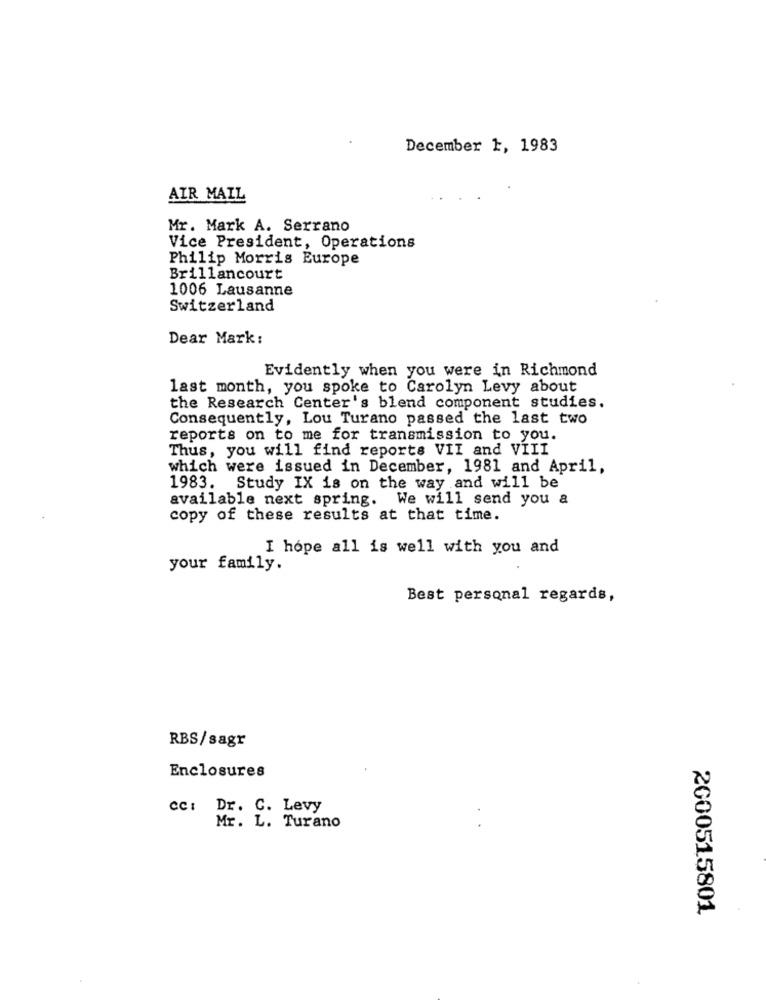
December 1, 1983
AIR MAIL
Mr. Mark A. Serrano
Vice President, Operations
Philip Morris Europe
Brillancourt
1006 Lausanne
Switzerland
Dear Mark:
Evidently when you were in Richmond
last month, you spoke to Carolyn Levy about
the Research Center's blend component studies.
Consequently, Lou Turano passed the last two
reports on to me for transmission to you.
Thus, you will find reports VII and VIII
which were issued in December, 1981 and April,
1983. Study IX is on the way and will be
available next spring. We will send you a
copy of these results at that time.
I hope all is well with you and
your family.
Best personal regards,
RBS/sagr
Enclosures
cc: Dr. C. Levy
Mr. L. Turano
2000515801